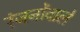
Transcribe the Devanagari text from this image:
रंजनोंवाले